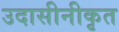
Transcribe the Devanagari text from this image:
उदासीनीकृत